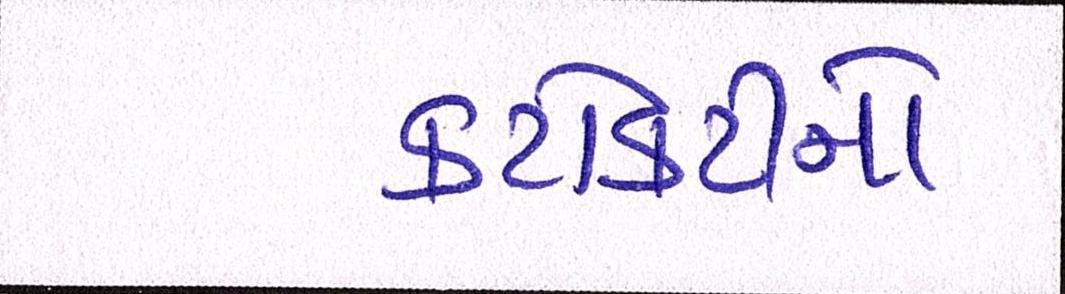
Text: કટોકટીનો